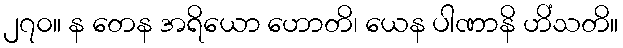
၂၇၀။ န တေန အရိယော ဟောတိ၊ ယေန ပါဏာနိ ဟိံသတိ။